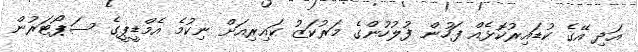
އަދި އޭގެ ކުޑައިރުކޮޅެއް ފަހުން ފުލުހުންގެ މަރުކަޒު ކައިރިއަށް ނިކުމެ އެމްޑީޕީގެ ސަޕޯޓަރުން